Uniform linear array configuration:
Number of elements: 32
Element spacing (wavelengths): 0.75
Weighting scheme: hamming
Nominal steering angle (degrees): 0
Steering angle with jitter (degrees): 1.098
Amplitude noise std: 0.05
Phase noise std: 0.05

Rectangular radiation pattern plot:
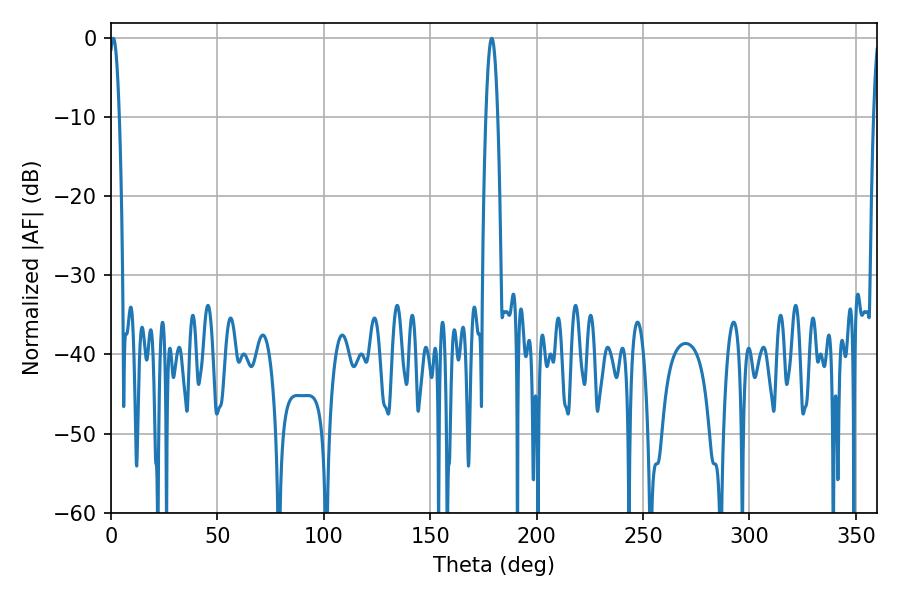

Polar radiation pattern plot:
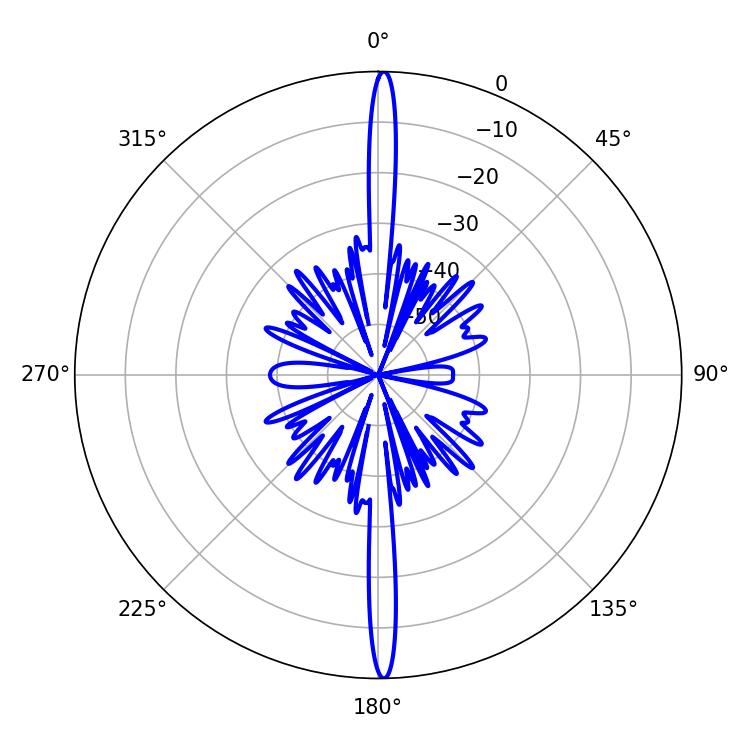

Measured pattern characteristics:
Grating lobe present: TRUE
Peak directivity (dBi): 29.561
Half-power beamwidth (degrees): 2.52
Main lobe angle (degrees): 1.08